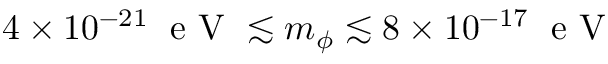
4 \times 1 0 ^ { - 2 1 } \; \mathrm { ~ e ~ V ~ } \lesssim m _ { \phi } \lesssim 8 \times 1 0 ^ { - 1 7 } \; \mathrm { ~ e ~ V ~ }